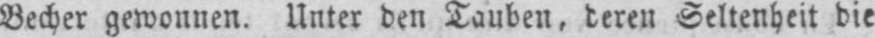
Becher gewonnen. Unter den Tauben, deren Seltenheit die